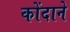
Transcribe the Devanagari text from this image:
कोंदाने